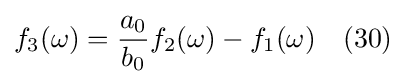
f_{3}(\omega )={\frac {a_{0}}{b_{0}}}f_{2}(\omega )-f_{1}(\omega )\quad (30)